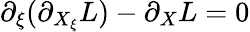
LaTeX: \partial_{\xi}(\partial_{X_{\xi}}L)-\partial_{X}L=0